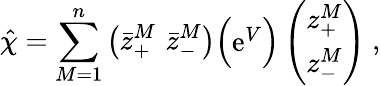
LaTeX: \hat{\chi}=\sum_{M=1}^{n}\left(\bar{z}_{+}^{M}\, \, \bar{z}_{-}^{M}\right)\Big(\begin{array}{cc}{{\mathrm{e}^{V}}}\end{array}\Big)\left(\begin{array}{c}{{z_{+}^{M}}}\\ {{z_{-}^{M}}}\end{array}\right)\ ,